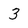
Character: 3